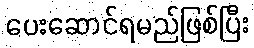
ပေးဆောင်ရမည်ဖြစ်ပြီး